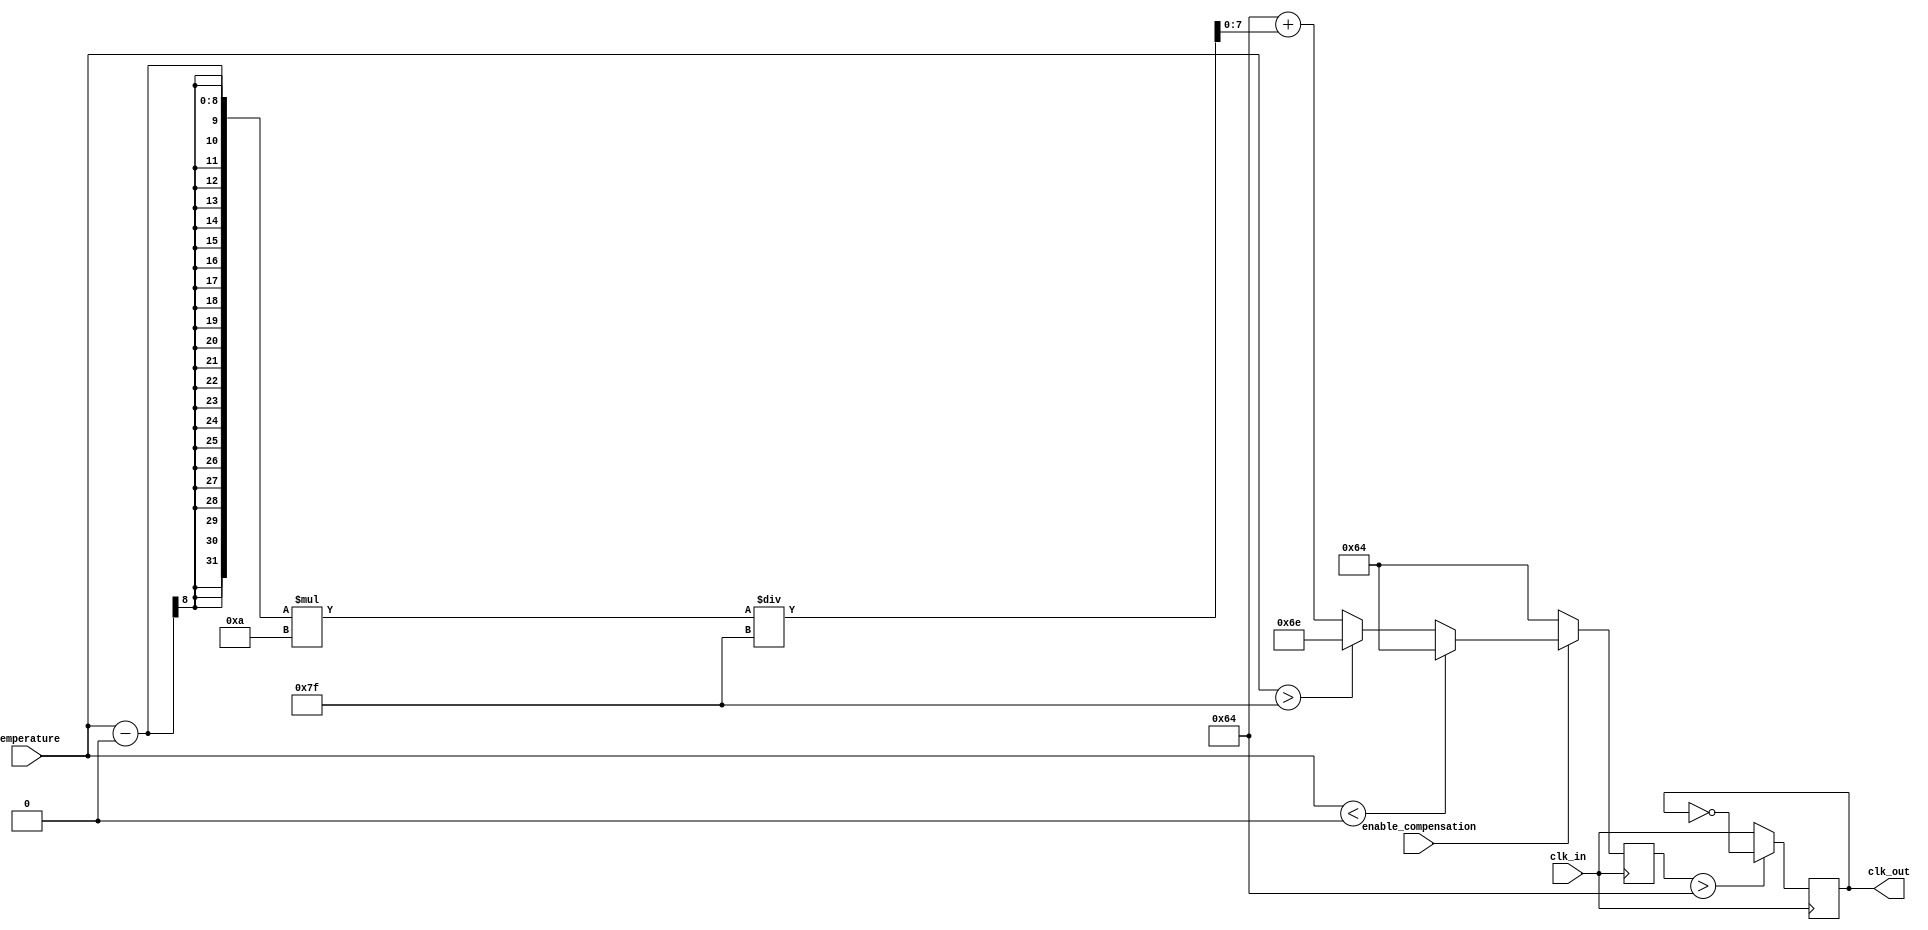
module TemperatureCompensatedClockBuffer (
    input wire clk_in,               // Input clock signal
    input wire [7:0] temperature,    // Temperature data (digital representation)
    input wire enable_compensation,   // Enable compensation control
    output reg clk_out               // Compensated clock output
);

// Parameters for compensation (these values are placeholders)
parameter TEMP_MIN = 8'h00;         // Minimum temperature (e.g., -40C)
parameter TEMP_MAX = 8'h7F;         // Maximum temperature (e.g., +125C)
parameter FREQ_BASE = 100;          // Base frequency (in MHz)
parameter FREQ_ADJ_FACTOR = 10;     // Adjustment factor for frequency compensation

// Internal variables
reg [7:0] adjusted_freq;             // Adjusted frequency based on temperature
reg clk_buffer;                      // Buffered clock signal

// Clock generation with compensation logic
always @(posedge clk_in) begin
    if (enable_compensation) begin
        // Simple compensation logic based on temperature
        if (temperature < TEMP_MIN) begin
            adjusted_freq <= FREQ_BASE;
        end else if (temperature > TEMP_MAX) begin
            adjusted_freq <= FREQ_BASE + FREQ_ADJ_FACTOR;
        end else begin
            // Linear adjustment for temperatures within range
            adjusted_freq <= FREQ_BASE + ((temperature - TEMP_MIN) * FREQ_ADJ_FACTOR) / (TEMP_MAX - TEMP_MIN);
        end
    end else begin
        adjusted_freq <= FREQ_BASE; // No compensation
    end
end

// Clock output generation
always @(posedge clk_in) begin
    if (adjusted_freq > FREQ_BASE) begin
        clk_buffer <= ~clk_buffer; // Example of frequency doubling
    end else begin
        clk_buffer <= clk_in; // Pass through without change
    end
end

// Assign buffered clock to output
assign clk_out = clk_buffer;

endmodule